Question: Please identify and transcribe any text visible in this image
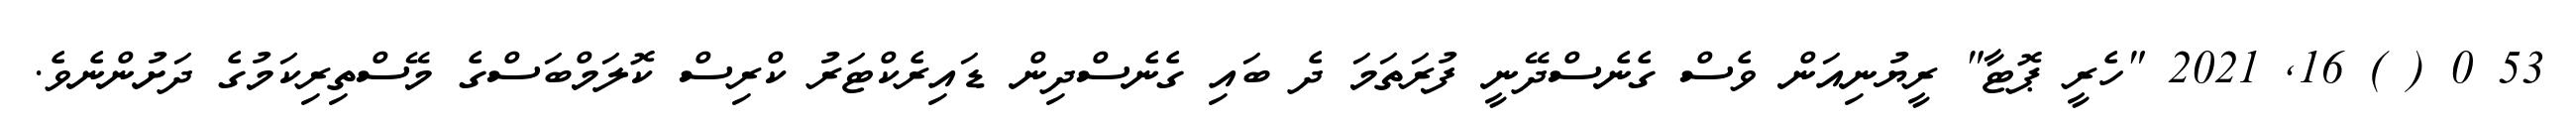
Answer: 53 0 ( ) 16, 2021 "ހެރީ ޕޮޓާ" ރީޔުނިއަން ވެސް ގެނެސްދޭނީ ފުރަތަމަ ދެ ބައި ގެނެސްދިން ޑައިރެކްޓަރު ކްރިސް ކޮލަމްބަސްގެ މޭސްތިރިކަމުގެ ދަށުންނެވެ.